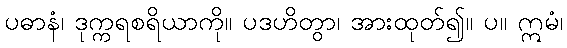
ပဓာနံ၊ ဒုက္ကရစရိယာကို။ ပဒဟိတွာ၊ အားထုတ်၍။ ပ။ ဣမံ၊